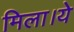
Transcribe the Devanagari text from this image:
मिला।ये